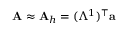
{ \mathbf A } \approx { \mathbf A } _ { h } = ( { \mathbb \Lambda } ^ { 1 } ) ^ { \top } { \mathbf a }